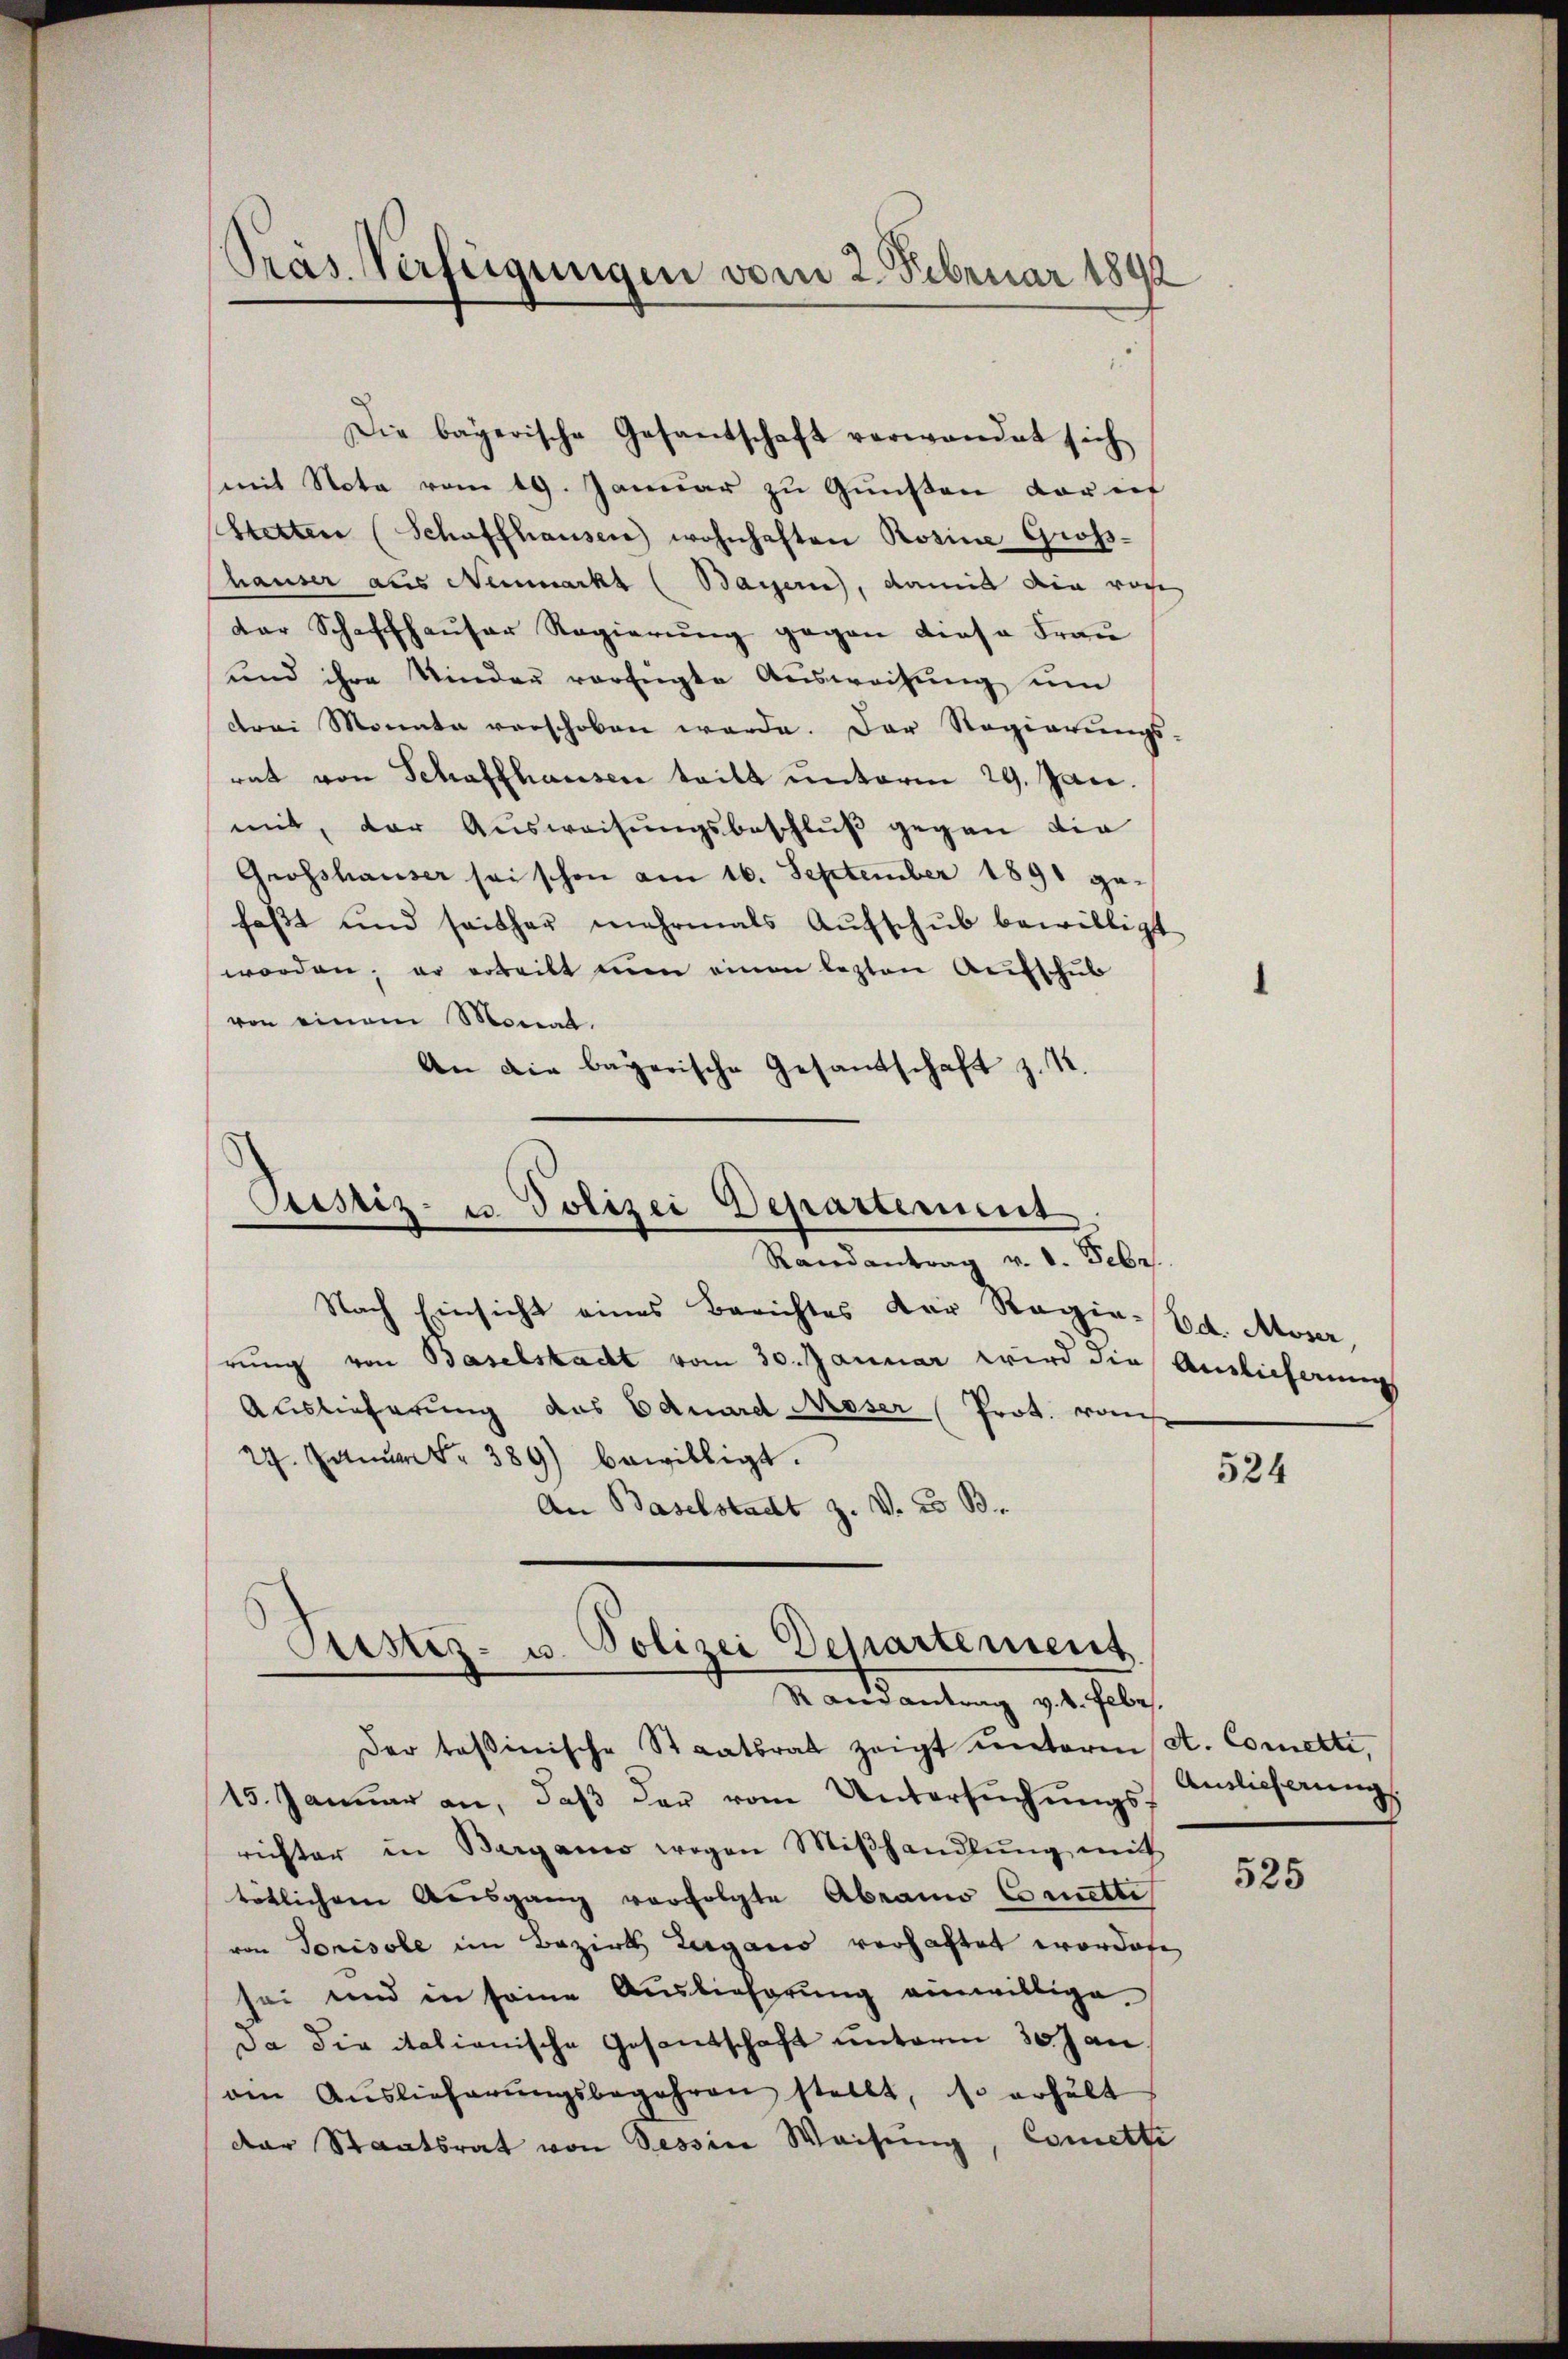
Pras Verfügungen vom 2. Februar 1892

mit Nota vom 19. Januar zu Gunsten vor int
Wetten (Schaffhausen wohnhaften Rosine Groß-
hauser aus Neumarkt (Bayern, damit die von
der Schaffhauser Regierung gegen diese Frau
und ihre Kinder verfügte Aŭsweisŭng ŭm
drei Monate verschoben werde. Der Regierungs-
rat von Schaffhausen teilt unterm 29. Jan.
mit, der Aŭsweisŭngsbeschlŭβ gegen die
Grosshauser sei schon am 16. September 1891 gefaßt und seither mehrmals Aŭfschub bewilligt
worden; er erteilt man einen lezten Aufschub
von einem Monat.
An die bayerische Gesandschaft z. R.

Die bayerische Gesantschaft verwendet sich

Sistiz- u Polizei Departement
Randantrag v. d. Febr.
Nach Einsicht eines Berichtes der Regie-Ed. Moser,

rung von Baselstadt vom 30. Januar wird die Auslicherungs
Auslieferung das Eduard Moser Prot. vom
27. Janr. 389) bewilligt.
An Baselstadt z. v. 23 B.

de
ustiz- u. Polizei Departement
Randantrag v. 4. Febr.

der toβinische Staatsrat zeigt unterm A. Cometti,
15. Janŭar an, daβ der vom Untersŭchŭngs-
richter in Bergani wegen Miβhandlŭng mit
tötlichem Ausgang verfolgte Abranno Conette
von Torisole im Bezirk Lugano verhaftet worden
sei und in seine Auslieferung einwillige.
Da die italianische Gesantschaft unterm 30. Jan
den Aŭslieferŭngsbegehren stellt, so erhält
der Staatsrat von Tessine Weisung, Comette

524

Anslicherung

525